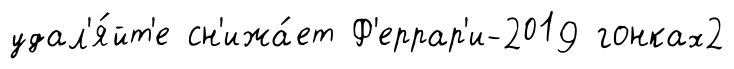
удал'я́йт'е сн'ижа́ет Ф'еррар'и-2019 гонках2